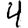
Digit: 4